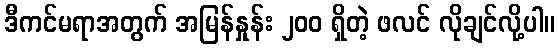
ဒီကင်မရာအတွက် အမြန်နှုန်း ၂၀၀ ရှိတဲ့ ဖလင် လိုချင်လို့ပါ။